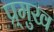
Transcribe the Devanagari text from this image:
प्र्मुख